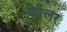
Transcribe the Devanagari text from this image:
वेक्ष्लर